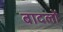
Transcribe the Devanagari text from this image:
बादलाें